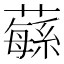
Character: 𦾴